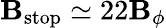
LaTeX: \mathbf{B}_{\mathrm{{stop}}}\simeq22\mathbf{B}_{\phi}